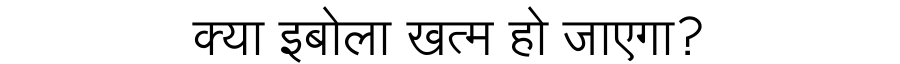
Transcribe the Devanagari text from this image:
क्या इबोला खत्म हो जाएगा?